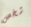
شخص